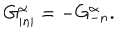
LaTeX: G _ { \left| n \right| } ^ { \alpha } = - G _ { - n } ^ { \alpha } .